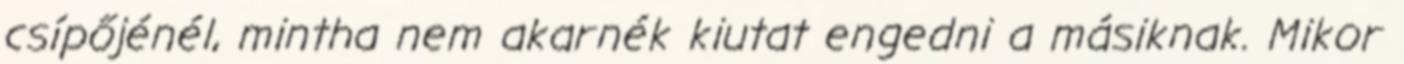
csípőjénél, mintha nem akarnék kiutat engedni a másiknak. Mikor